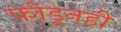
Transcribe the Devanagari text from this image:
फोडूनही